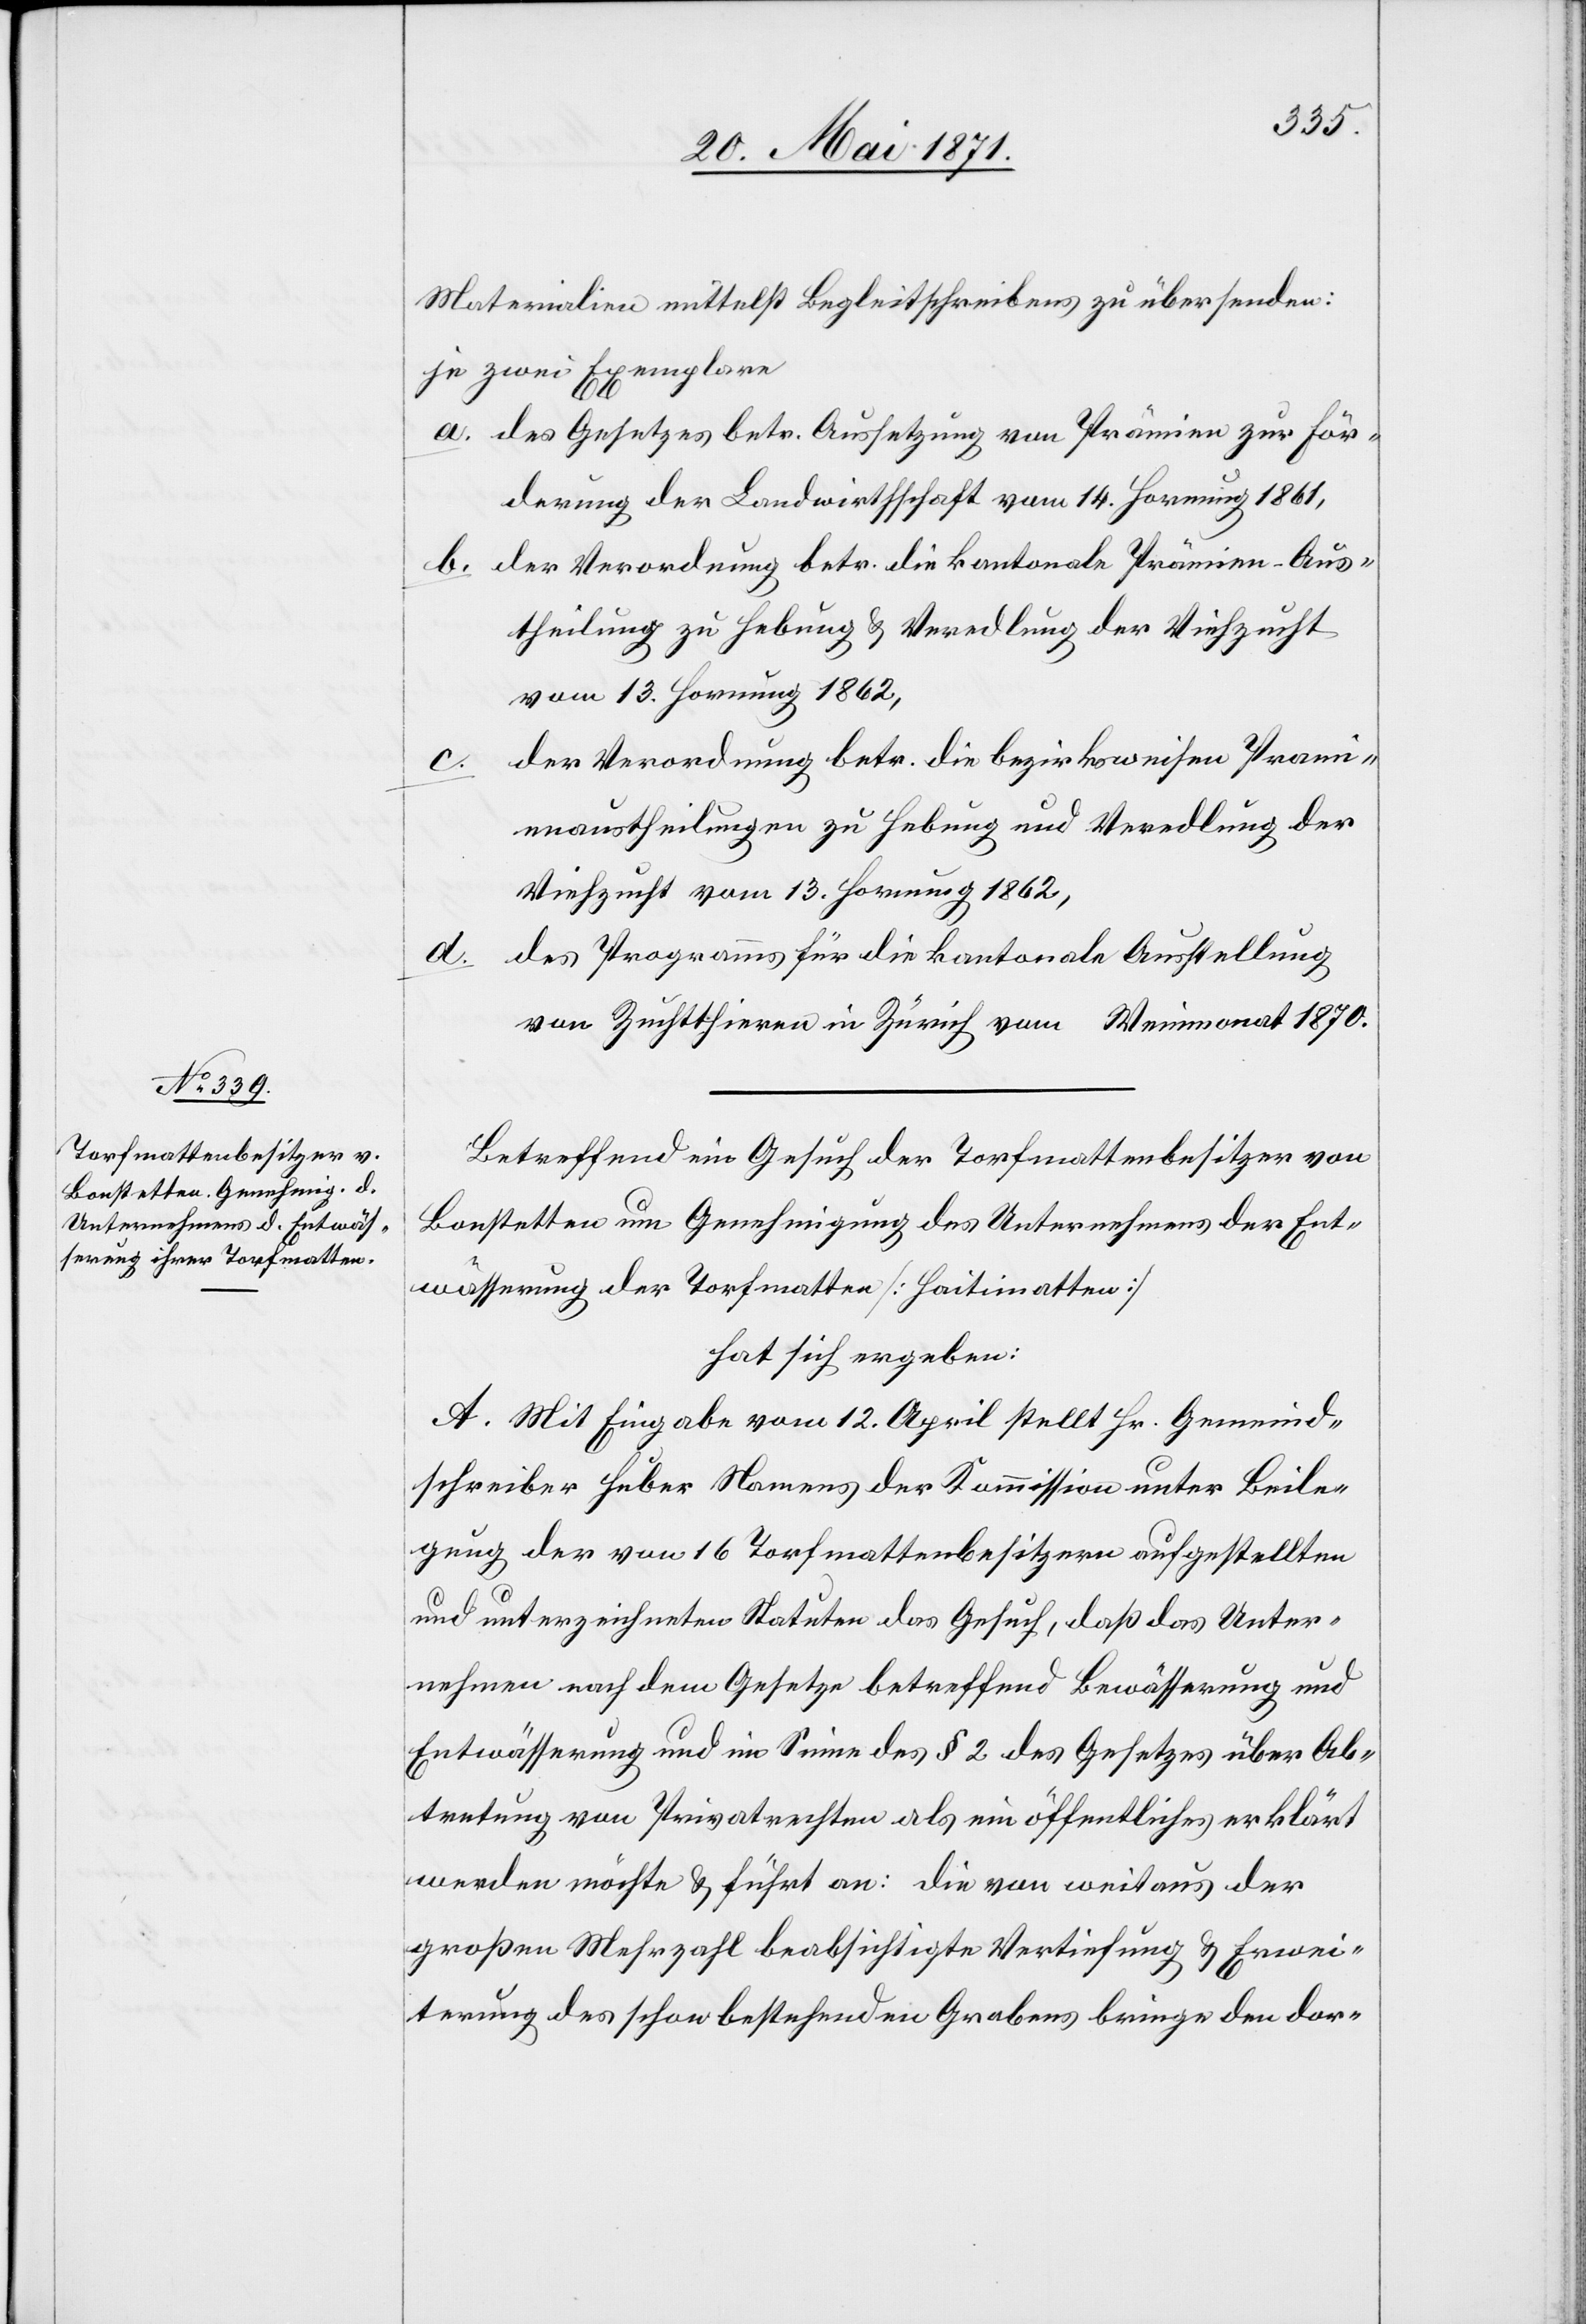
Materialen mittelst Begleitschreiben zu übersenden:
je zwei Exemplare
a. des Gesetzes betr. Aussetzung von Prämien zur För¬
derung der Landwirthschaft vom 14. Hornung 1861,
b. der Verordnung betr. die kantonale Prämien-Aus¬
theilung zu Hebung u. Veredlung der Viehzucht
vom 13. Hornung 1862,
der Verordnung betr. die bezirksweisen Prämi¬
enaustheilungen zu Hebung und Veredlung der
Viehzucht vom 13. Hornung 1862,
des Programms für die kantonale Ausstellung
von Zuchtthieren in Zürich vom … Weinmonat 1870.
Betreffend ein Gesuch der Torfmattenbesitzer von
Bonstetten um Genehmigung des Unternehmens der Ent¬
wässerung der Torfmatten [Haitimatten]
hat sich ergeben:
A. Mit Eingabe vom 12. April stellt Hr. Gemeind¬
schreiber Huber Namens der Kommission unter Beile¬
gung der von 16 Torfmattenbesitzern aufgestellten
und unterzeichneten Statuten das Gesuch, daß das Unter¬
nehmen nach dem Gesetze betreffend Bewässerung und
Entwässerung und im Sinne des § 2 des Gesetzes über Ab¬
tretung von Privatrechten als ein öffentliches erklärt
werden möchte u. führt an: die von weitaus der
großen Mehrzahl beabsichtigte Vertiefung u. Erwei¬
terung des schon bestehenden Grabens bringen den dor-